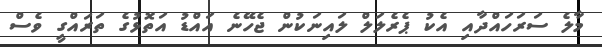
މާލެ ސަރަހައްދާއި އެކު ޕެރެލަލް ލައިނަކުން ޖެހޭނެ އައްޑު އަތޮޅުގެ ތަރައްގީ ވެސް